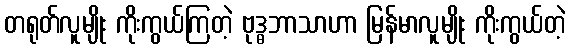
တရုတ်လူမျိုး ကိုးကွယ်ကြတဲ့ ဗုဒ္ဓဘာသာဟာ မြန်မာလူမျိုး ကိုးကွယ်တဲ့